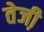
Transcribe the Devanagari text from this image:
तेजी़